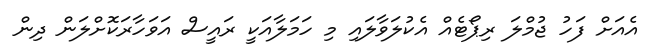
އެއަށް ފަހު ޖުމްލަ ރިޕޯޓެއް އެކުލަވާލައި މި ހަމަލާއަކީ ރައީސް އަވަހާރަކޮށްލަން ދިން